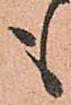
も